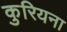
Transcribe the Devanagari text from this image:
कुरियना